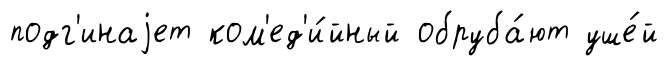
подг'инаjет ком'ед'и́йный обруба́ют уше́й